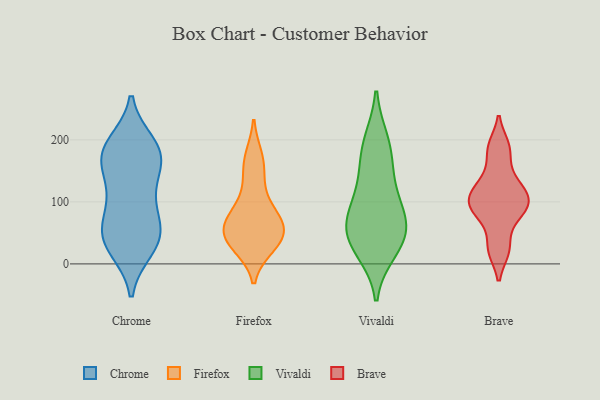
{"axis": {"x": "Budget (USD K)", "y": "Value"}, "legend": ["Brave", "Chrome", "Firefox", "Vivaldi"], "data": [{"x": "", "y": 53, "type": "Chrome"}, {"x": "", "y": 172, "type": "Chrome"}, {"x": "", "y": 192, "type": "Chrome"}, {"x": "", "y": 180, "type": "Chrome"}, {"x": "", "y": 100, "type": "Chrome"}, {"x": "", "y": 31, "type": "Chrome"}, {"x": "", "y": 176, "type": "Chrome"}, {"x": "", "y": 170, "type": "Chrome"}, {"x": "", "y": 49, "type": "Chrome"}, {"x": "", "y": 130, "type": "Chrome"}, {"x": "", "y": 26, "type": "Chrome"}, {"x": "", "y": 53, "type": "Chrome"}, {"x": "", "y": 104, "type": "Chrome"}, {"x": "", "y": 43, "type": "Chrome"}, {"x": "", "y": 179, "type": "Chrome"}, {"x": "", "y": 39, "type": "Firefox"}, {"x": "", "y": 30, "type": "Firefox"}, {"x": "", "y": 48, "type": "Firefox"}, {"x": "", "y": 38, "type": "Firefox"}, {"x": "", "y": 61, "type": "Firefox"}, {"x": "", "y": 82, "type": "Firefox"}, {"x": "", "y": 161, "type": "Firefox"}, {"x": "", "y": 171, "type": "Firefox"}, {"x": "", "y": 77, "type": "Firefox"}, {"x": "", "y": 75, "type": "Firefox"}, {"x": "", "y": 126, "type": "Firefox"}, {"x": "", "y": 41, "type": "Firefox"}, {"x": "", "y": 36, "type": "Vivaldi"}, {"x": "", "y": 66, "type": "Vivaldi"}, {"x": "", "y": 122, "type": "Vivaldi"}, {"x": "", "y": 38, "type": "Vivaldi"}, {"x": "", "y": 188, "type": "Vivaldi"}, {"x": "", "y": 81, "type": "Vivaldi"}, {"x": "", "y": 152, "type": "Vivaldi"}, {"x": "", "y": 22, "type": "Vivaldi"}, {"x": "", "y": 87, "type": "Vivaldi"}, {"x": "", "y": 197, "type": "Vivaldi"}, {"x": "", "y": 52, "type": "Vivaldi"}, {"x": "", "y": 119, "type": "Brave"}, {"x": "", "y": 93, "type": "Brave"}, {"x": "", "y": 143, "type": "Brave"}, {"x": "", "y": 83, "type": "Brave"}, {"x": "", "y": 23, "type": "Brave"}, {"x": "", "y": 105, "type": "Brave"}, {"x": "", "y": 75, "type": "Brave"}, {"x": "", "y": 118, "type": "Brave"}, {"x": "", "y": 184, "type": "Brave"}, {"x": "", "y": 189, "type": "Brave"}, {"x": "", "y": 24, "type": "Brave"}, {"x": "", "y": 100, "type": "Brave"}]}